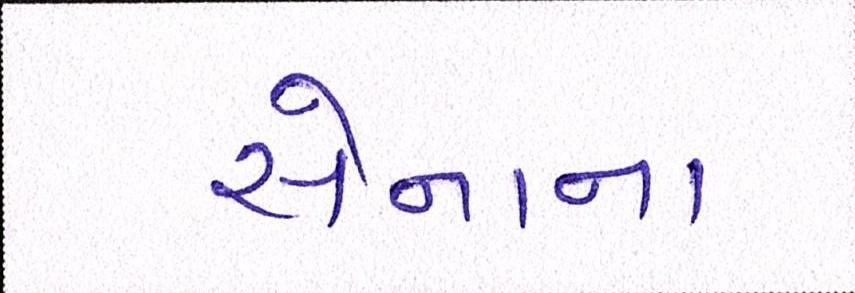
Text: સેનાના